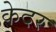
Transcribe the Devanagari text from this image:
केदर